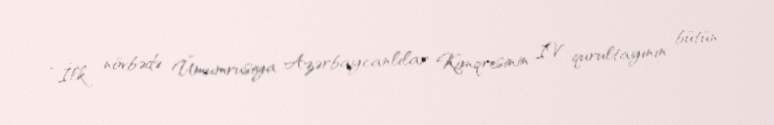
“İlk növbədə Ümumrusiya Azərbaycanlılar Konqresinin IV qurultayının bütün